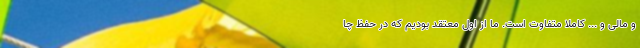
و مالی و ... کاملا متفاوت است. ما از اول معتقد بودیم که در حفظ چا